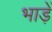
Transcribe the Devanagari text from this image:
भाड़ें